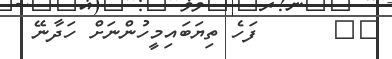
٣٩      ފަހެ ތިޔަބައިމީހުންނަށް ހަދާނޭ